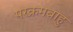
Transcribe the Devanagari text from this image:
परक्रमबाहु